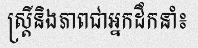
ស្ត្រីនិងភាពជាអ្នកដឹកនាំ៖